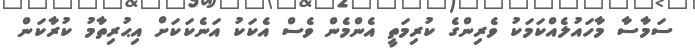
ސަމާސާ މާހައުލެއްކަމަކު ވެރިންގެ ކުރިމަތީ އެންމެން ވެސް އެކަކު އަނެކަކަށް އިޙުރިތާމު ކުރާކަން